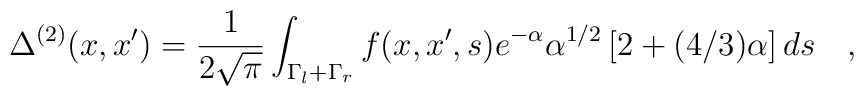
\Delta^{(2)}(x,x') =\frac{1}{2\sqrt{\pi}}\int_{\Gamma_l+\Gamma_r}f(x,x',s)  e^{-\alpha}     \alpha^{1/2}\left[2 +(4/3)\alpha\right]ds          \quad , \\[0.3cm]